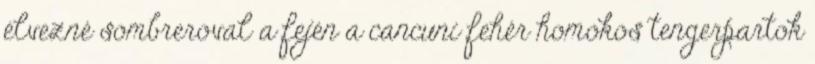
élvezné sombreroval a fején a cancuni fehér homokos tengerpartok